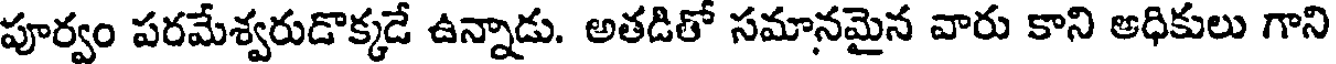
పూర్వం పరమేశ్వరుడొక్కడే ఉన్నాడు. అతడితో సమానమైన వారు కాని అధికులు గాని